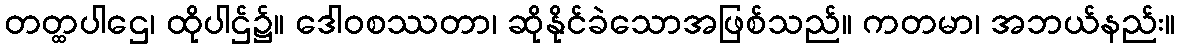
တတ္ထပါဌေ၊ ထိုပါဌ်၌။ ဒေါဝစဿတာ၊ ဆိုနိုင်ခဲသောအဖြစ်သည်။ ကတမာ၊ အဘယ်နည်း။